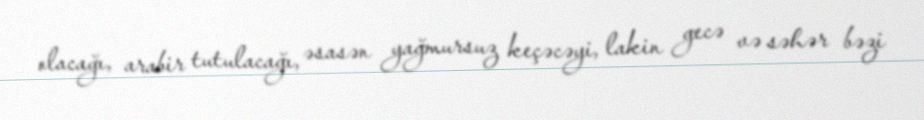
olacağı, arabir tutulacağı, əsasən yağmursuz keçəcəyi, lakin gecə və səhər bəzi